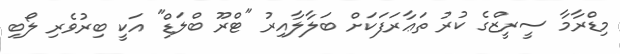
މިޑްރާމާ ސީރީޒްގެ ކުރު ތަޢާރަފަކަށް ބަލާލާއިރު "ޓްރޫ ބްލަޑް" އަކީ ބިރުވެރި ލޯބި